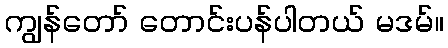
ကျွန်တော် တောင်းပန်ပါတယ် မဒမ်။